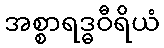
အစ္စာရဒ္ဓဝီရိယံ